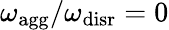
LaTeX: {\omega_{\mathrm{agg}}/\omega_{\mathrm{disr}}=0}